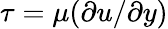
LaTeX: \tau=\mu(\partial u/\partial y)